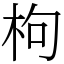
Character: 枸